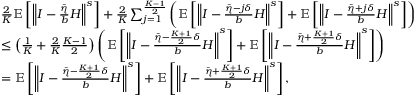
\begin{array} { r l } & { \frac { 2 } { K } \mathbb { E } \left[ \left\Vert I - \frac { \bar { \eta } } { b } H \right\Vert ^ { s } \right] + \frac { 2 } { K } \sum _ { j = 1 } ^ { \frac { K - 1 } { 2 } } \left( \mathbb { E } \left[ \left\Vert I - \frac { \bar { \eta } - j \delta } { b } H \right\Vert ^ { s } \right] + \mathbb { E } \left[ \left\Vert I - \frac { \bar { \eta } + j \delta } { b } H \right\Vert ^ { s } \right] \right) } \\ & { \leq \left( \frac { 1 } { K } + \frac { 2 } { K } \frac { K - 1 } { 2 } \right) \left( \mathbb { E } \left[ \left\Vert I - \frac { \bar { \eta } - \frac { K + 1 } { 2 } \delta } { b } H \right\Vert ^ { s } \right] + \mathbb { E } \left[ \left\Vert I - \frac { \bar { \eta } + \frac { K + 1 } { 2 } \delta } { b } H \right\Vert ^ { s } \right] \right) } \\ & { = \mathbb { E } \left[ \left\Vert I - \frac { \bar { \eta } - \frac { K + 1 } { 2 } \delta } { b } H \right\Vert ^ { s } \right] + \mathbb { E } \left[ \left\Vert I - \frac { \bar { \eta } + \frac { K + 1 } { 2 } \delta } { b } H \right\Vert ^ { s } \right] , } \end{array}